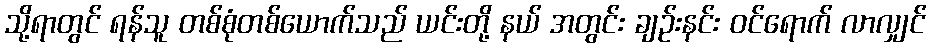
သို့ရာတွင် ရန်သူ တစ်စုံတစ်ယောက်သည် ယင်းတို့ နယ် အတွင်း ချဉ်းနင်း ဝင်ရောက် လာလျှင်